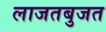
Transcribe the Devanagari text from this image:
लाजतबुजत